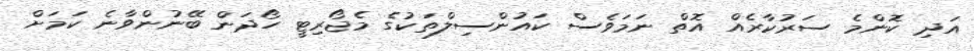
އަދި ކޮންމެ ސަރުކާރެއް އޮތް ނަމަވެސް ކައުންސިލްތަކުގެ މެޖޯރިޓީ ހޯދަން ބޭނުންވާނެ ކަމަށް